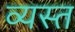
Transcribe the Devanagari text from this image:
व्‍यस्त